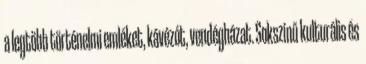
a legtöbb történelmi emléket, kávézót, vendégházat. Sokszínű kulturális és